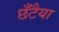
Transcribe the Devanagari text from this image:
छँटैया